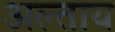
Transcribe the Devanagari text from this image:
अल्ताय